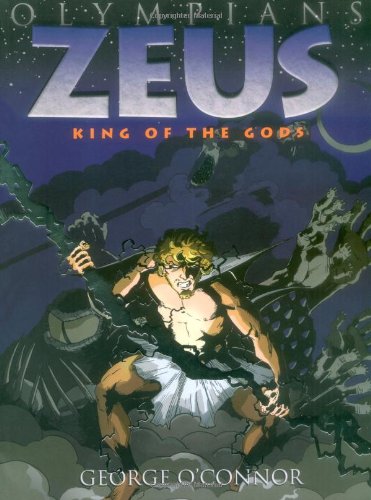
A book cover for Zeus: King of the Gods (Olympians); George O'Connor; Children's Books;